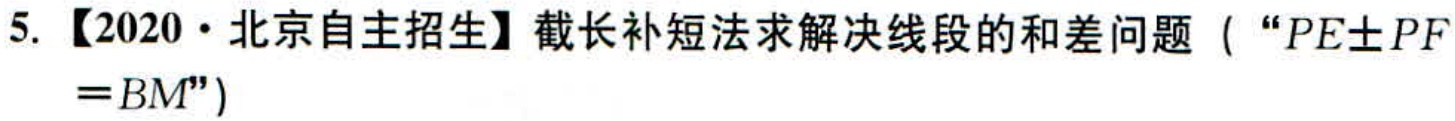
5. 【2020·北京自主招生】截长补短法求解决线段的和差问题（“$PE\pm PF =BM$”）